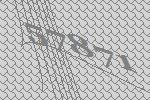
57871